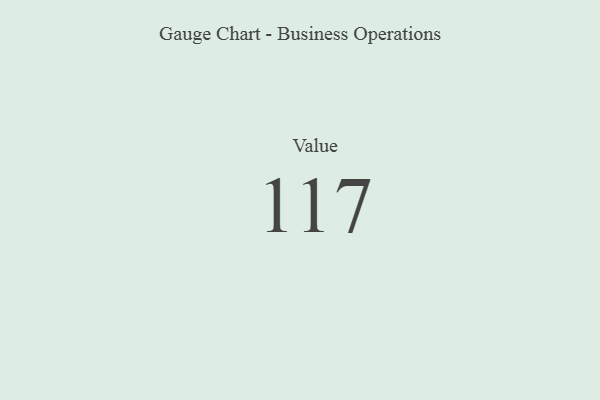
{"axis": {"x": "Metric", "y": "Value"}, "legend": [""], "data": [{"x": "Value", "y": 117, "type": ""}]}